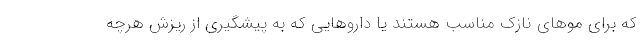
که برای موهای نازک مناسب هستند یا داروهایی که به پیشگیری از ریزش هرچه